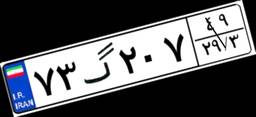
۸۰گ۷۶۵۵۰